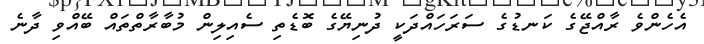
އެހެންވެ ރާއްޖޭގެ ކަނޑުގެ ސަރަހައްދަކީ ދުނިޔޭގެ ބޮޑެތި ސެއިލިން މުބާރާތްތައް ބޭއްވި ދާނެ